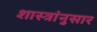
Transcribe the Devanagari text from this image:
शास्त्रांनुसार